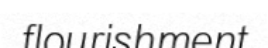
flourishment